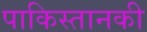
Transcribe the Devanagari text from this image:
पाकिस्तानकी